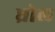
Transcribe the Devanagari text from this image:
ध्रोल